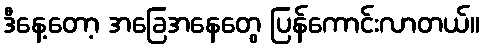
ဒီနေ့တော့ အခြေအနေတွေ ပြန်ကောင်းလာတယ်။